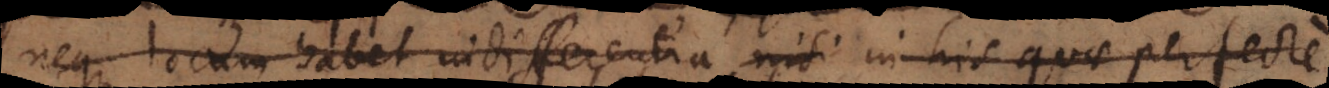
neque locum habet indifferentia nisi in his quae perfecte